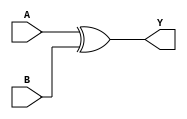
`timescale 1ns / 1ps

module xor_top
    #(parameter BUS_WIDTH = 8)
    (
        input [BUS_WIDTH - 1 : 0] A, 
        input [BUS_WIDTH - 1 : 0] B, 
        output [BUS_WIDTH - 1 : 0] Y        
    );
    
    assign Y = A ^ B; 
    
endmodule